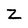
Character: Z